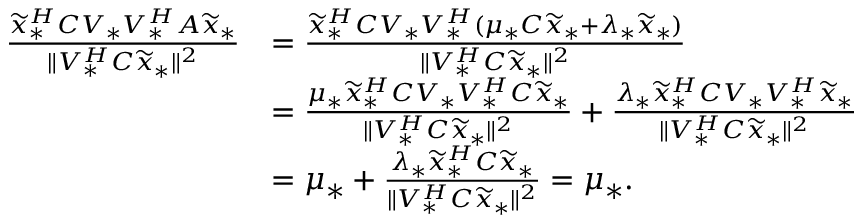
\begin{array} { r l } { \frac { \widetilde { x } _ { * } ^ { H } C V _ { * } V _ { * } ^ { H } A \widetilde { x } _ { * } } { \| V _ { * } ^ { H } C \widetilde { x } _ { * } \| ^ { 2 } } } & { = \frac { \widetilde { x } _ { * } ^ { H } C V _ { * } V _ { * } ^ { H } ( \mu _ { * } C \widetilde { x } _ { * } + \lambda _ { * } \widetilde { x } _ { * } ) } { \| V _ { * } ^ { H } C \widetilde { x } _ { * } \| ^ { 2 } } } \\ & { = \frac { \mu _ { * } \widetilde { x } _ { * } ^ { H } C V _ { * } V _ { * } ^ { H } C \widetilde { x } _ { * } } { \| V _ { * } ^ { H } C \widetilde { x } _ { * } \| ^ { 2 } } + \frac { \lambda _ { * } \widetilde { x } _ { * } ^ { H } C V _ { * } V _ { * } ^ { H } \widetilde { x } _ { * } } { \| V _ { * } ^ { H } C \widetilde { x } _ { * } \| ^ { 2 } } } \\ & { = \mu _ { * } + \frac { \lambda _ { * } \widetilde { x } _ { * } ^ { H } C \widetilde { x } _ { * } } { \| V _ { * } ^ { H } C \widetilde { x } _ { * } \| ^ { 2 } } = \mu _ { * } . } \end{array}